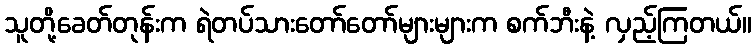
သူတို့ခေတ်တုန်းက ရဲတပ်သားတော်တော်များများက စက်ဘီးနဲ့ လှည့်ကြတယ်။